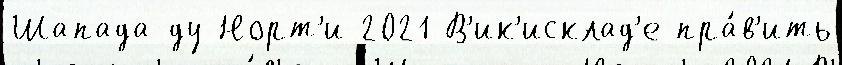
Шапада-ду-Норт'и 2021 В'ик'исклад'е пра́в'ить